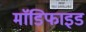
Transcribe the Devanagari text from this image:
माॅडिफाइड